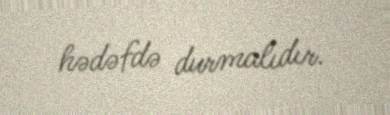
hədəfdə durmalıdır.